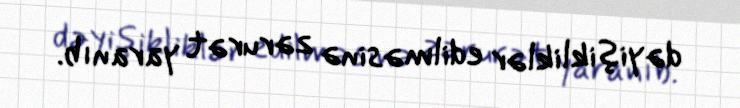
dəyişikliklər edilməsinə zərurət yaranıb.